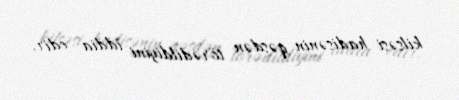
kilsəsi hadisənin qəsdən törədildiyini iddia edir.